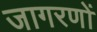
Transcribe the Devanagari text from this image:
जागरणों